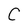
Character: C